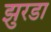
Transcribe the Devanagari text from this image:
झुरडा